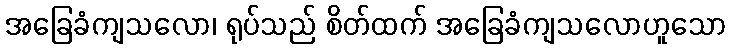
အခြေခံကျသလော၊ ရုပ်သည် စိတ်ထက် အခြေခံကျသလောဟူသော